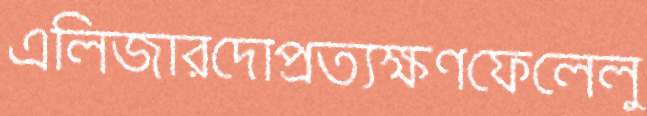
এলিজারদোপ্রত্যক্ষণফেলেলু